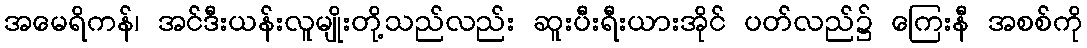
အမေရိကန်၊ အင်ဒီးယန်းလူမျိုးတို့သည်လည်း ဆူးပီးရီးယားအိုင် ပတ်လည်၌ ကြေးနီ အစစ်ကို